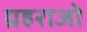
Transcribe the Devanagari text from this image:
ग्रहराजो